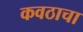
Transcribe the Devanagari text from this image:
कवठाचा